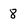
Character: 8